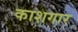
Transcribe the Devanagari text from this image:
काशगार